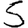
Digit: 5